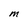
Character: M